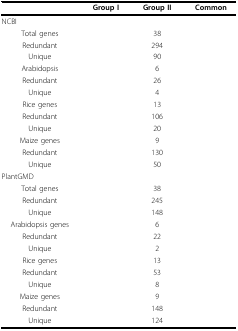
<table><thead><tr><td>[EMPTY_CELL]</td><td><b>Group I</b></td><td><b>Group II</b></td><td><b>Common</b></td></tr></thead><tbody><tr><td colspan="4">NCBI</td></tr><tr><td>Total genes</td><td>[EMPTY_CELL]</td><td>38</td><td>[EMPTY_CELL]</td></tr><tr><td>Redundant</td><td>[EMPTY_CELL]</td><td>294</td><td>[EMPTY_CELL]</td></tr><tr><td>Unique</td><td>[EMPTY_CELL]</td><td>90</td><td>[EMPTY_CELL]</td></tr><tr><td>Arabidopsis</td><td>[EMPTY_CELL]</td><td>6</td><td>[EMPTY_CELL]</td></tr><tr><td>Redundant</td><td>[EMPTY_CELL]</td><td>26</td><td>[EMPTY_CELL]</td></tr><tr><td>Unique</td><td>[EMPTY_CELL]</td><td>4</td><td>[EMPTY_CELL]</td></tr><tr><td>Rice genes</td><td>[EMPTY_CELL]</td><td>13</td><td>[EMPTY_CELL]</td></tr><tr><td>Redundant</td><td>[EMPTY_CELL]</td><td>106</td><td>[EMPTY_CELL]</td></tr><tr><td>Unique</td><td>[EMPTY_CELL]</td><td>20</td><td>[EMPTY_CELL]</td></tr><tr><td>Maize genes</td><td>[EMPTY_CELL]</td><td>9</td><td>[EMPTY_CELL]</td></tr><tr><td>Redundant</td><td>[EMPTY_CELL]</td><td>130</td><td>[EMPTY_CELL]</td></tr><tr><td>Unique</td><td>[EMPTY_CELL]</td><td>50</td><td>[EMPTY_CELL]</td></tr><tr><td colspan="4">PlantGMD</td></tr><tr><td>Total genes</td><td>[EMPTY_CELL]</td><td>38</td><td>[EMPTY_CELL]</td></tr><tr><td>Redundant</td><td>[EMPTY_CELL]</td><td>245</td><td>[EMPTY_CELL]</td></tr><tr><td>Unique</td><td>[EMPTY_CELL]</td><td>148</td><td>[EMPTY_CELL]</td></tr><tr><td>Arabidopsis genes</td><td>[EMPTY_CELL]</td><td>6</td><td>[EMPTY_CELL]</td></tr><tr><td>Redundant</td><td>[EMPTY_CELL]</td><td>22</td><td>[EMPTY_CELL]</td></tr><tr><td>Unique</td><td>[EMPTY_CELL]</td><td>2</td><td>[EMPTY_CELL]</td></tr><tr><td>Rice genes</td><td>[EMPTY_CELL]</td><td>13</td><td>[EMPTY_CELL]</td></tr><tr><td>Redundant</td><td>[EMPTY_CELL]</td><td>53</td><td>[EMPTY_CELL]</td></tr><tr><td>Unique</td><td>[EMPTY_CELL]</td><td>8</td><td>[EMPTY_CELL]</td></tr><tr><td>Maize genes</td><td>[EMPTY_CELL]</td><td>9</td><td>[EMPTY_CELL]</td></tr><tr><td>Redundant</td><td>[EMPTY_CELL]</td><td>148</td><td>[EMPTY_CELL]</td></tr><tr><td>Unique</td><td>[EMPTY_CELL]</td><td>124</td><td>[EMPTY_CELL]</td></tr></tbody></table>